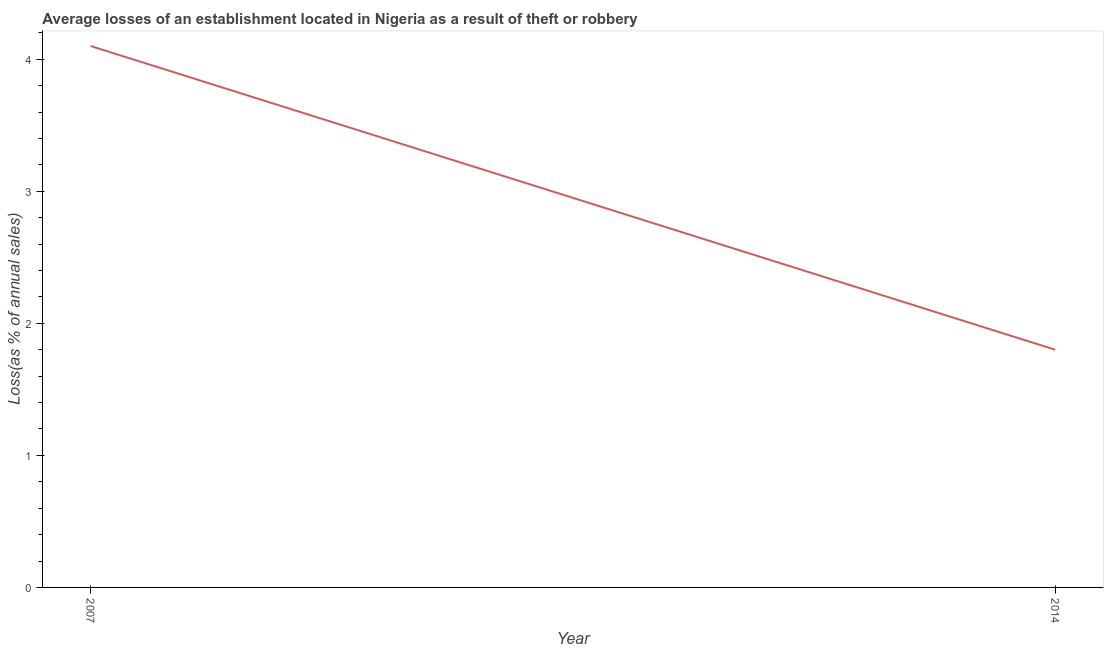
| Year | Losses due to theft |
 | --- | --- |
 | 2007 | 4.1 |
 | 2014 | 1.8 |